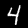
Label: 4